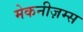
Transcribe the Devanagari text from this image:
मेकनीज़म्स